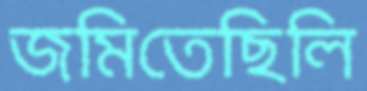
জমিতেছিলি